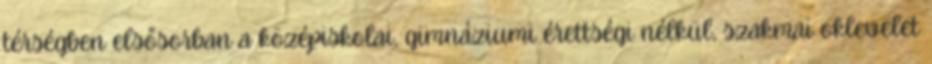
térségben elsősorban a középiskolai, gimnáziumi érettségi nélkül, szakmai oklevelet